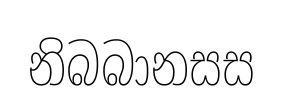
නිබබානසස